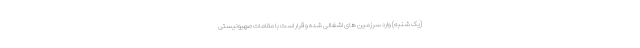
(یک شنبه) وارد سرزمین های اشغالی شده و قرار است با مقامات صهیونیستی